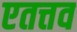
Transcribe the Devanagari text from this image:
एतत्तव